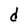
Character: d